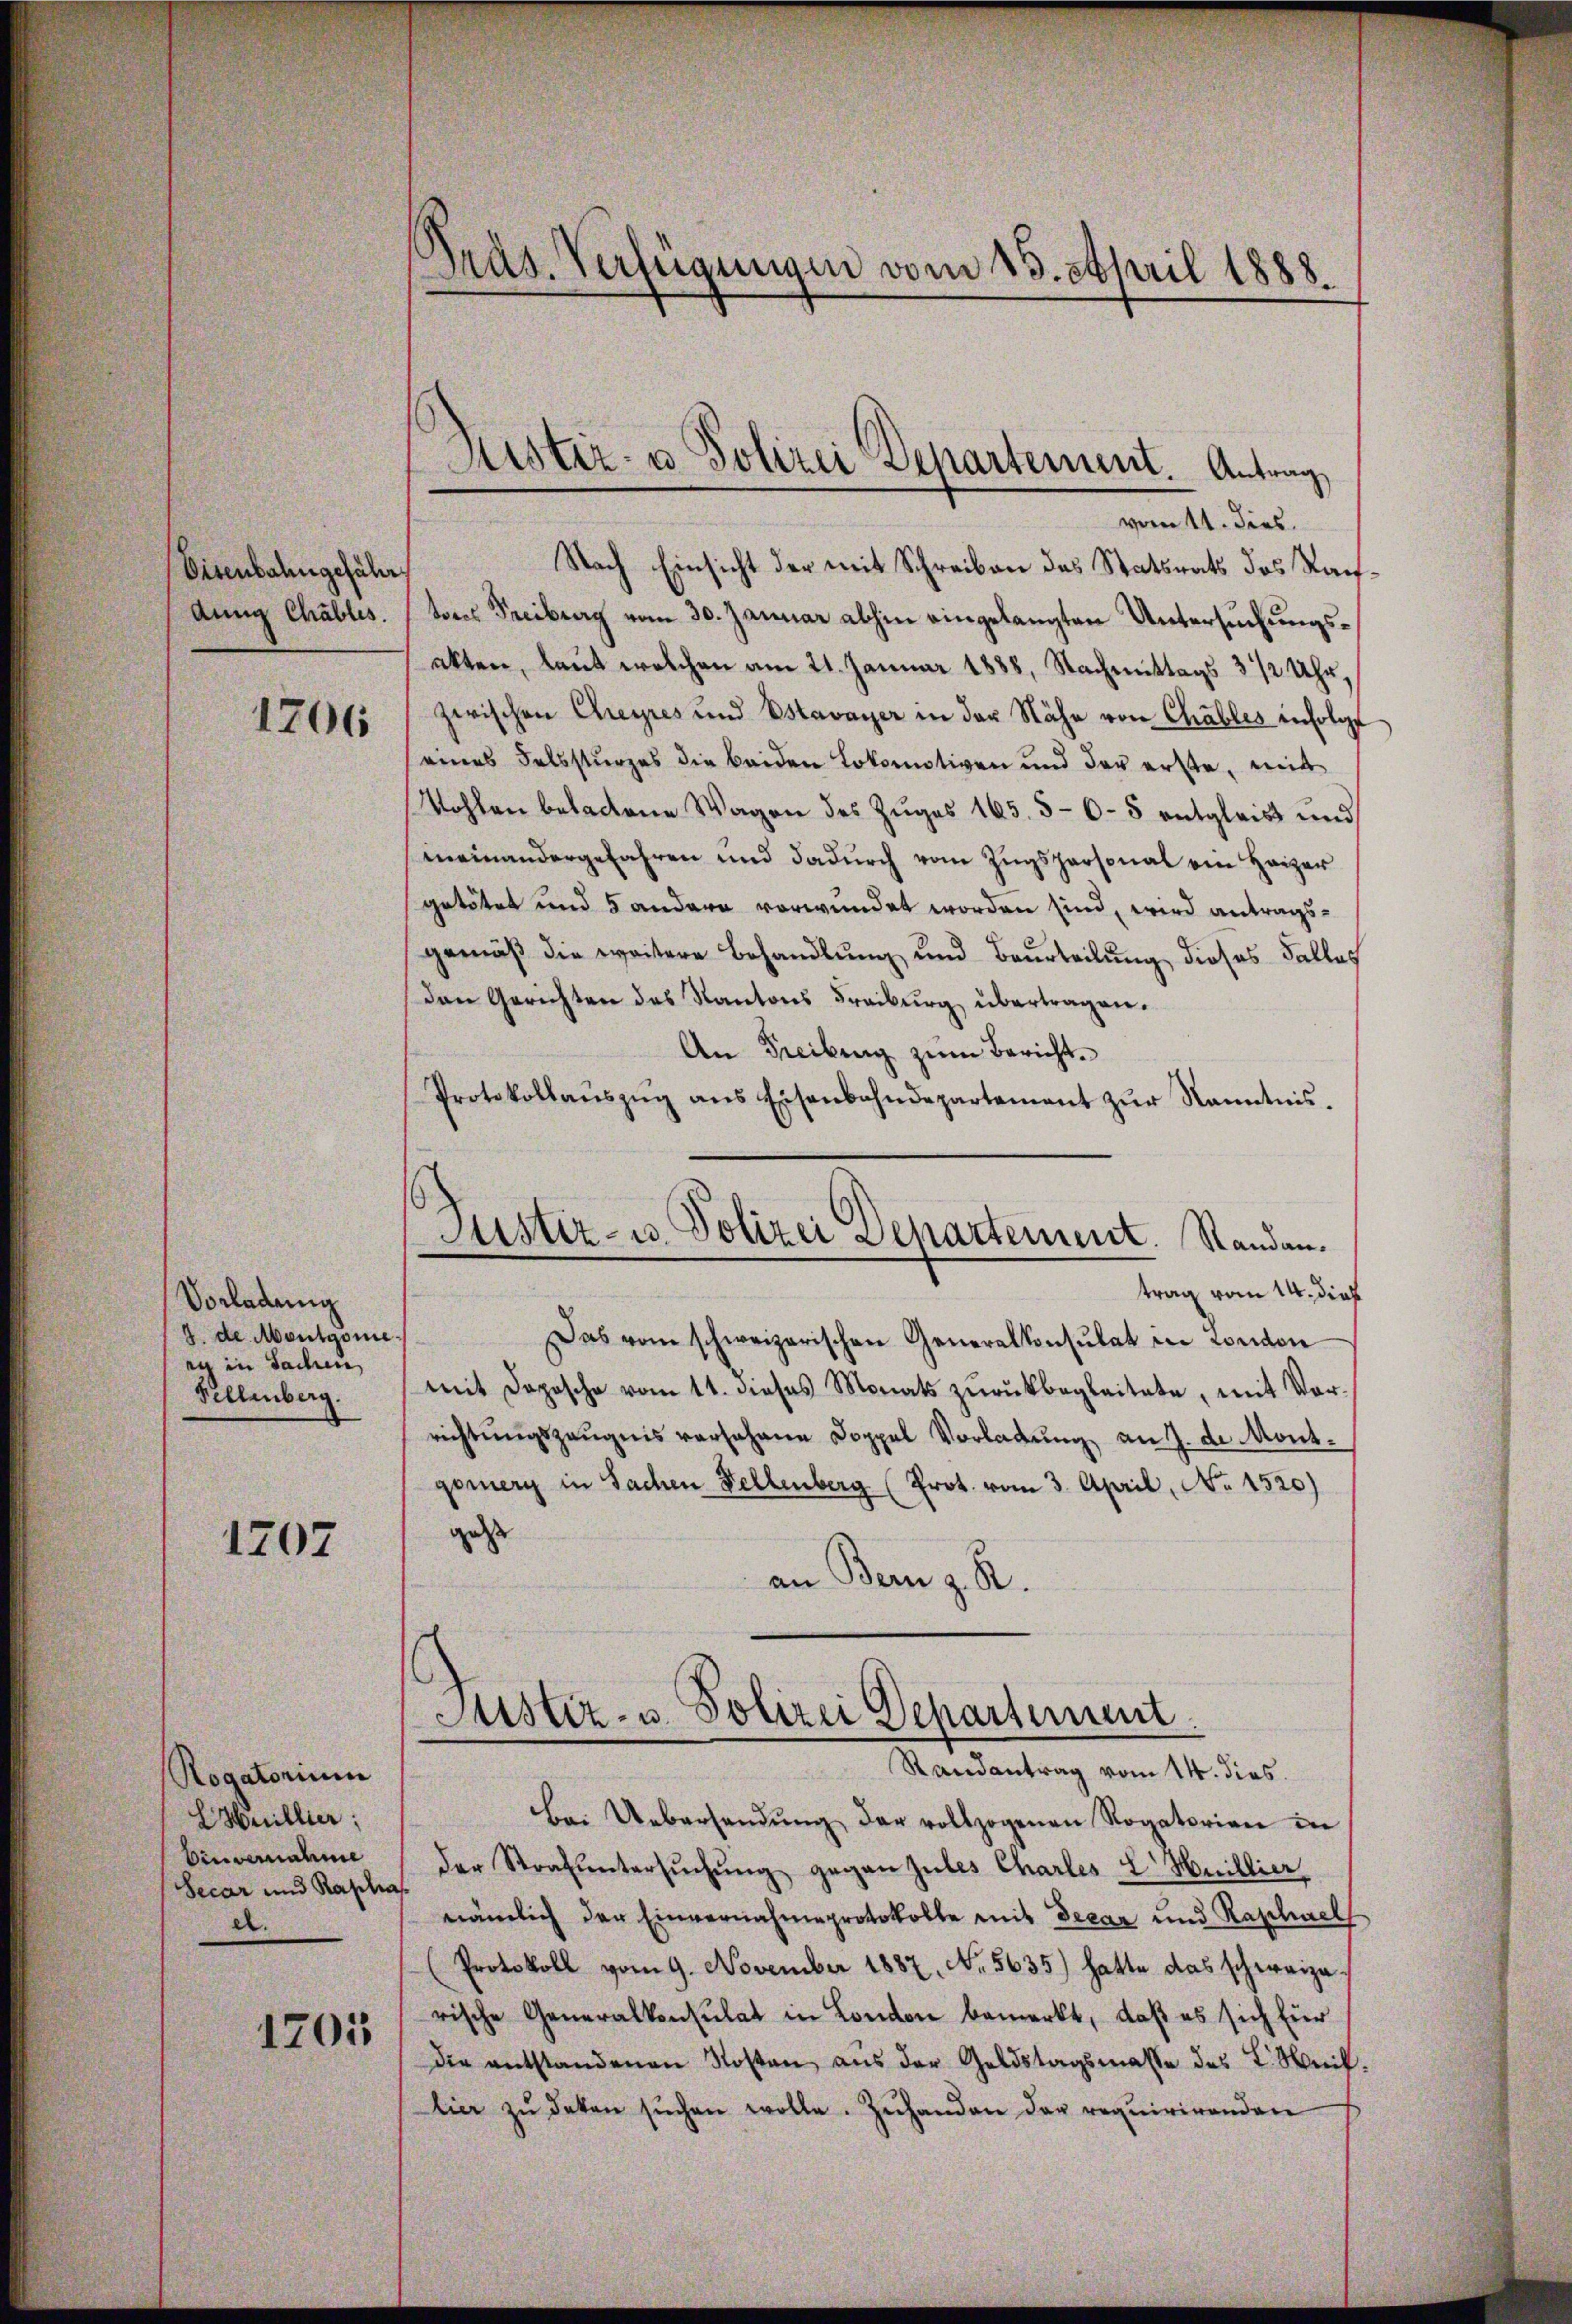
Disenbahngeführ
dung Chables.

1707

1706

Vorladung
2. de Mautgome
ay in Sachen,
Fellenberg.

Rogatorium
HHeillier
Einvernahme
Secar und Raphas
el.

1201

.
Präs. Verfügungen vom 13. April 1888.

Justiz- u Polizei Departement. Antrag

vom 11. dies.
Nach Einsicht der mit Schreiben des Statsrats des Rachtores Freiburg vom 30. Januar abhin eingelangten Untersuchungsakten, laut welchen am 21. Januar 1888. Nachmittags 3 1/2 Uhr.
zwischen Cheyres und Estavayer in der Nähe von Chables infolge
eines Felssturzes die beiden Lokomotiven und der erste, mit
Wohlen beladene Wagen des Zuges 165. 5-6-5 entgleis und
meinandergefahren und dadŭrch vom Zugspersonal ein Heizer
getötet und 5 andern verwundet worden sind, wird antragsgemäß die weitere Behandlung und Beurteilung dieses Falles
Den Gerichten des Kantons Freiburg übertragen.
An Freiburg zum Bericht.
Protokollaŭszŭg ans Eisenbahndepartement zŭr Kenntnis-

Justiz- u. Polizei Departement. Randan¬

trag vom 14. dies
Das vom schweizerischen Generalkonsulat in Conton
mit Depesche vom 11. dieses Monats zŭrückbegleitete, mit Vor-
richtŭngszeŭgnis versehene Doppel Vorladung an J. de Mont-
gomerg in Sachen Fellenberg (Prot. vom 3. April, No 1520)
zett
an Bern z. R.

Justiz- u. Polizei Departement
Randantrag vom 14. dies

bei Uebersandŭng der vollzogenen Rogatorien in
der Strafuntersŭchŭng gegen zules Charles E. Huillier,
nämlich der Einvernahmeprotokolle mit Decan und Raschael
(Protokoll vom 9. November 1887, No. 5635) hatte das schweize
rische Generalkonsulat in London bemerkt, daß es sich für
die entstandenen Kosten aus der Geldstagsmasse des L. Mitlier zŭ deken sŭchen wolle. Zuhanden der requirirenden